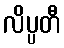
လိပ္ပတီ